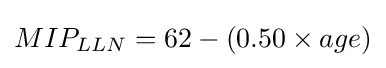
MIP_{LLN}=62-(0.50\times age)